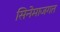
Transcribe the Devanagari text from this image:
सिनेमाजगत